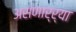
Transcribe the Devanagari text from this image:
असणार्र्या